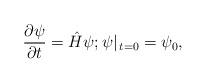
LaTeX: \begin{align*}\frac{\partial \psi}{\partial t}=\hat{H} \psi ; \psi|_{\, t=0}=\psi_{0},\end{align*}